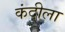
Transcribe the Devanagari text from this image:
कंदीला